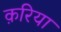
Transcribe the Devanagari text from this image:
क़रिया